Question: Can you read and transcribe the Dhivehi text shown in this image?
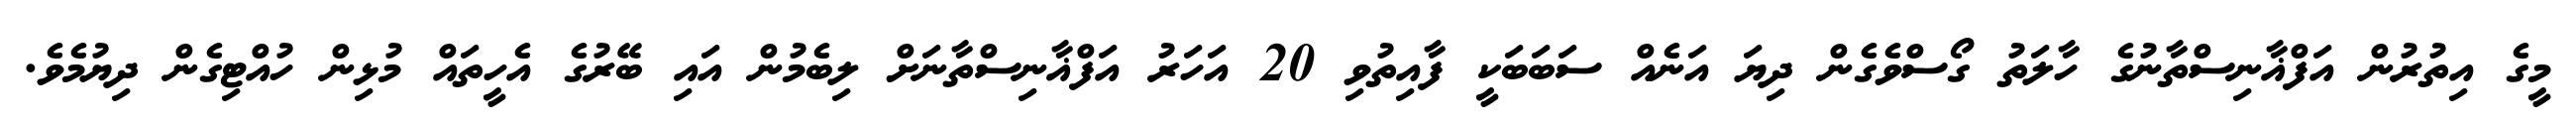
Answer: މީގެ އިތުރުން އަފްޣާނިސްތާނުގެ ހާލަތު ގޯސްވެގެން ދިޔަ އަނެއް ސަބަބަކީ ފާއިތުވި 20 އަހަރު އަފްޣާނިސްތާނަށް ލިބެމުން އައި ބޭރުގެ އެހީތައް މުޅިން ހުއްޓިގެން ދިޔުމެވެ.